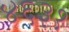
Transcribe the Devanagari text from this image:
४६३१